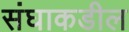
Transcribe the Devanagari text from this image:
संघाकडील